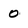
Character: 0